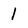
Character: 1